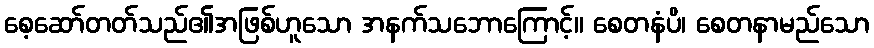
စေ့ဆော်တတ်သည်၏အဖြစ်ဟူသော အနက်သဘောကြောင့်။ စေတနံပိ၊ စေတနာမည်သော